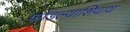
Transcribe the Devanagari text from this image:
फोडल्याशिवाय